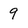
Character: 9